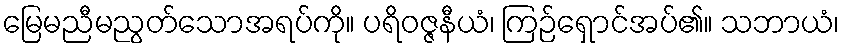
မြေမညီမညွတ်သောအရပ်ကို။ ပရိဝဇ္ဇနီယံ၊ ကြဉ်ရှောင်အပ်၏။ သဘာယံ၊